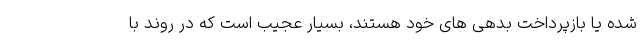
شده یا بازپرداخت بدهی های خود هستند، بسیار عجیب است که در روند با